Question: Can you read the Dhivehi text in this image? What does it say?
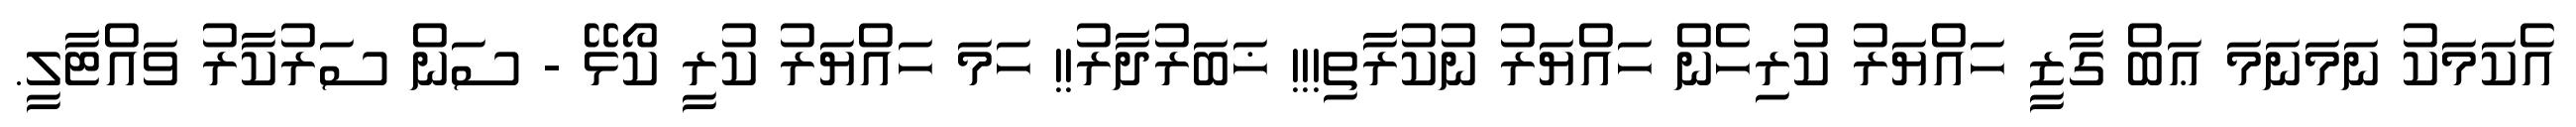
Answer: އެކަމަކު ނަމަނަމަ ޢަބް ގާޒީ ހައްޔަރު ކުރިހެން ހައްޔަރު ނުކުރާތި!!! ޚަބަރުދާރު!! ހަމަ ހައްޔަރު ކުރީ ކޯޅޭ - ސަން ސަރުކާރު ވައްޓާލީ.